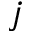
j